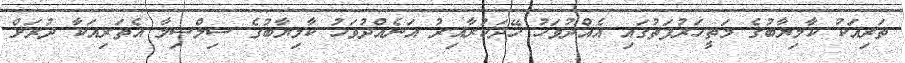
ތަރިއަކު ކާމިޔާބުގެ މަތީހަރުފަތުގައި އެއްދުވަހު ހޭދަކުރާއިރު އަނެއްދުވަހު ކާމިޔާބުގެ ސިލްސިލާ އެތަރިއަކާ ދުރަށް